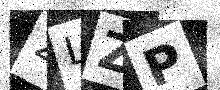
Text: 2LZP